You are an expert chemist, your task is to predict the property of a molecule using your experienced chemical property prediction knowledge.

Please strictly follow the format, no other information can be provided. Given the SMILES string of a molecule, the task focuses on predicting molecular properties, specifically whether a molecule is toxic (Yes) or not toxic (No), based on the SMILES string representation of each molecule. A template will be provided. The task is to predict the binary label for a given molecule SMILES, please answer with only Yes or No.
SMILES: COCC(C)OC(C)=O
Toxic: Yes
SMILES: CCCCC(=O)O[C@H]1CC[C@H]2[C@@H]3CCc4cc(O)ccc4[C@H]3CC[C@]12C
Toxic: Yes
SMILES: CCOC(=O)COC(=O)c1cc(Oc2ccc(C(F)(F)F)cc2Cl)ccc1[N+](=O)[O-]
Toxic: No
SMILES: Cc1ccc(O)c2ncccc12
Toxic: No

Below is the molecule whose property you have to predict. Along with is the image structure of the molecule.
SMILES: CCCCc1ccccc1
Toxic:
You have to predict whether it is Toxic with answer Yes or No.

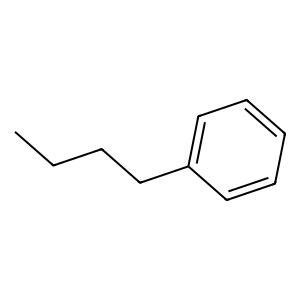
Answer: No